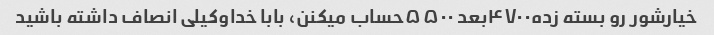
خیارشور رو بسته زده۴۷۰۰بعد ۵۵۰۰حساب میکنن، بابا خداوکیلی انصاف داشته باشید